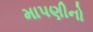
માપણીનો